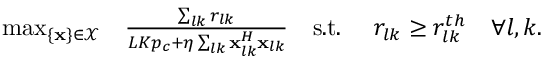
\begin{array} { r l r l r } { \operatorname* { m a x } _ { \{ \mathbf { x } \} \in \mathcal { X } } } & { \frac { \sum _ { l k } r _ { l k } } { L K p _ { c } + \eta \sum _ { l k } \mathbf { x } _ { l k } ^ { H } \mathbf { x } _ { l k } } } & { \mathrm { s . t . } \, \, } & { r _ { l k } \geq r _ { l k } ^ { t h } } & { \forall l , k . } \end{array}